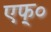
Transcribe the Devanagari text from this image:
एफ्‌०